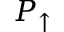
P _ { \uparrow }